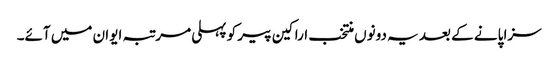
سزا پانے کے بعد یہ دونوں منتخب اراکین پیر کو پہلی مرتبہ ایوان میں آئے۔